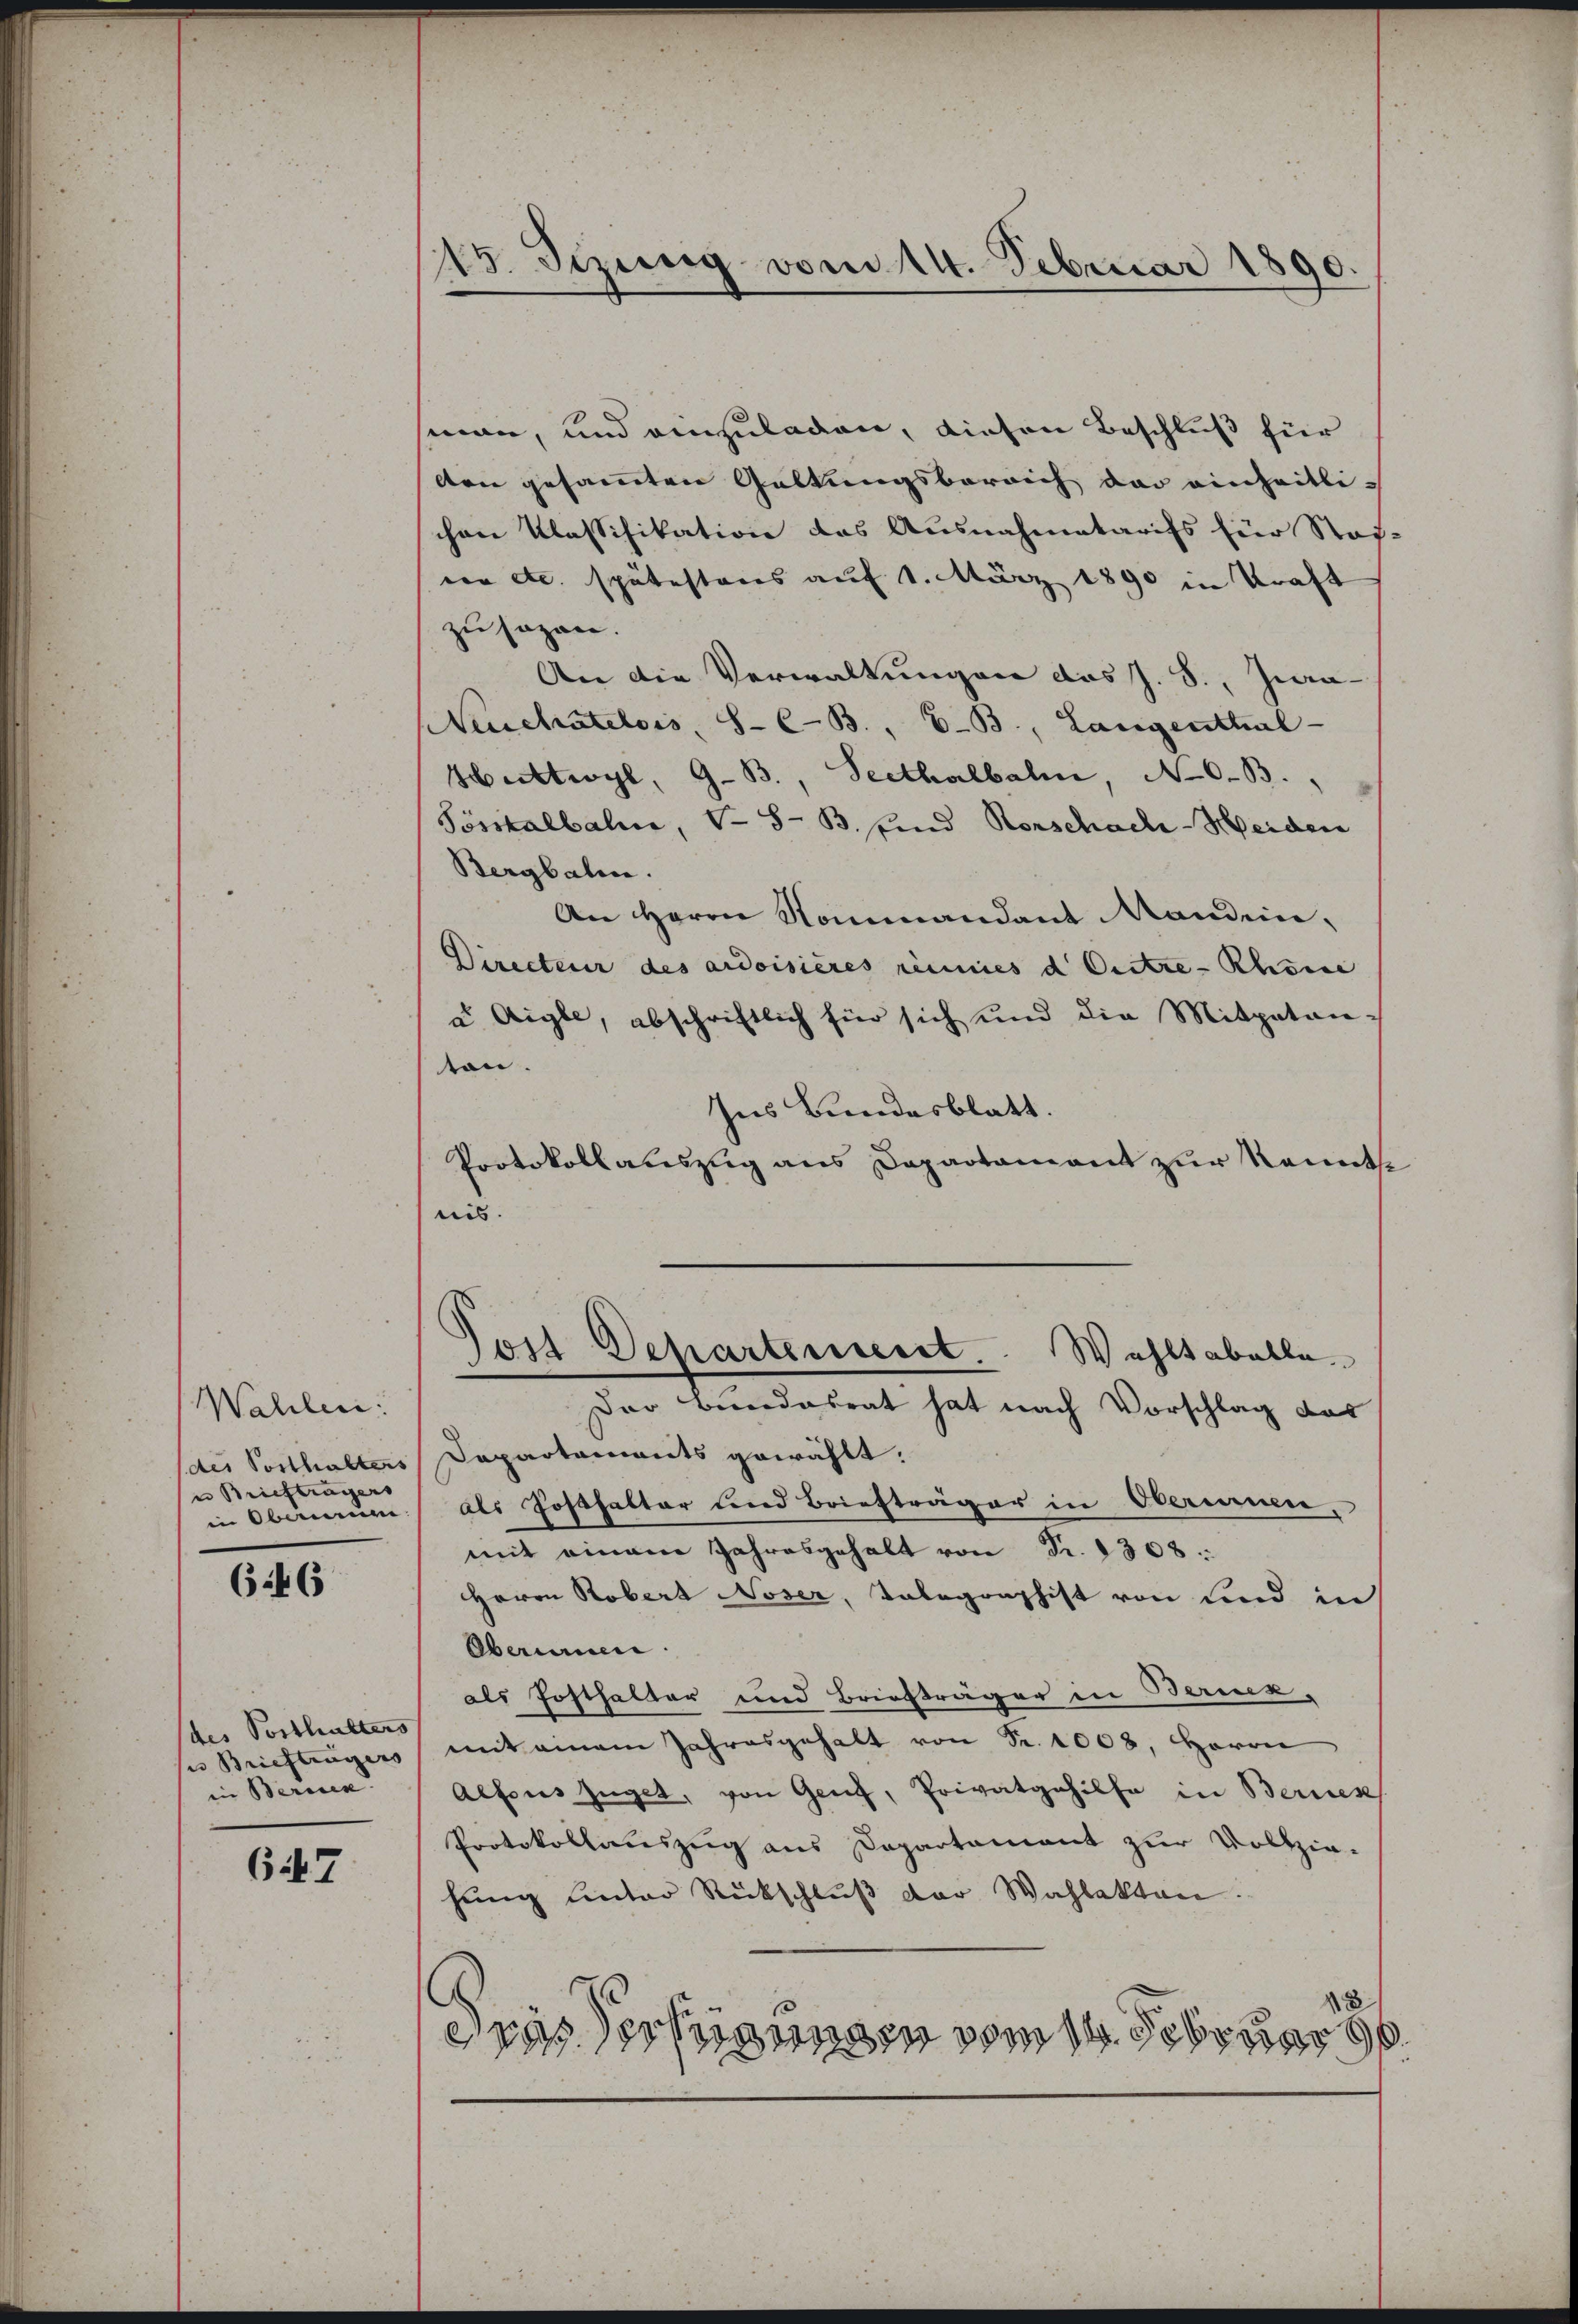
Wahlen:
des Vorthalters
u Briefträgers
in Obernie

646

des Posthalters
u Briefträgers
in Bernen.

647

15. Sezung vom 14. Februar 1890.

sinen, und einzuladen, diesen Beschluß für
den gesammten Geltungsbereich der einheitlichen Klassifikation das Ausnahmetarifs für Stof
von etc. spätestens auf 1. März 1890 in Kraft
zu sogen.
An die Verwaltungen das J. S., Jwa¬
Neuchâtelois S- C-B., 6.B., Langenthal
Huttwyl, G. B., Seethalbahn, No 0.B.
Pösskalbahne, V S. B. und Rorschadli-Heiden
Bergbalen.
An Herrn Sommandant Mandein,
Directeur des audoisieres renies d. Entre-Rhöne
u Aigle, abschriftlich für sich und die Mitpatan-
ton.
Ins Bundesblatt.
Protokollauszug aus Departament zur Kennt.
nis.
Post Departensent. Wahltabelle
Der Bundesrat hat nach Vorschlag das
Departaments gewählt.
als Posthalter und Briefträger in Oberien,
mit einem Jahresgehalt von Fr. 1308:
Herrn Robert Noser, Telegraphist von und in
Oberinnen.
als Posthalter und Briefträger in Berück-
mit einem Jahresgehalt von Fr. 1008, Herrn
Alfons füget, von Genf, Privatgehilfe in Bernen
Protokollauszug aus Departament zur Vollzie-
hung unter Rückschluß der Wahlakten.
8
dras Verfügungen vom 14. Februar